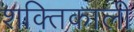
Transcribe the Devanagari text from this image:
शक्‍तिकाली